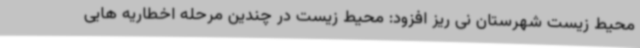
محیط زیست شهرستان نی ریز افزود: محیط زیست در چندین مرحله اخطاریه هایی